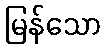
မြန်သော